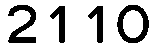
2110